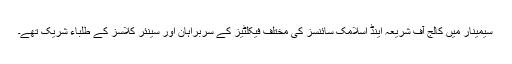
سیمینار میں کالج آف شریعہ اینڈ اسلامک سائنسز کی مختلف فیکلٹیز کے سربراہان اور سینئر کلاسز کے طلباء شریک تھے۔